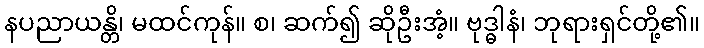
နပညာယန္တိ၊ မထင်ကုန်။ စ၊ ဆက်၍ ဆိုဦးအံ့။ ဗုဒ္ဓါနံ၊ ဘုရားရှင်တို့၏။